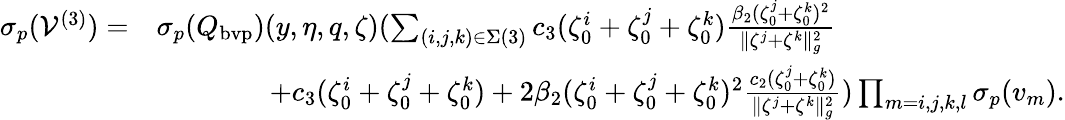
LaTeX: \begin{array}{rl}{{\sigma_{p}}(\mathcal{V}^{(3)})=}&{{\sigma_{p}}(Q_{\mathrm{bvp}})(y,\eta,q,\zeta)(\sum_{(i,j,k)\in\Sigma(3)}c_{3}(\zeta_{0}^{i}+\zeta_{0}^{j}+\zeta_{0}^{k})\frac{\beta_{2}(\zeta_{0}^{j}+\zeta_{0}^{k})^{2}}{\| {\zeta^{j}}+{\zeta^{k}}\| _{g}^{2}}}\\ &{\quad\quad\quad\quad+c_{3}(\zeta_{0}^{i}+\zeta_{0}^{j}+\zeta_{0}^{k})+2\beta_{2}(\zeta_{0}^{i}+\zeta_{0}^{j}+\zeta_{0}^{k})^{2}\frac{c_{2}(\zeta_{0}^{j}+\zeta_{0}^{k})}{\| {\zeta^{j}}+{\zeta^{k}}\| _{g}^{2}})\prod_{m=i,j,k,l}{\sigma_{p}}(v_{m}).}\end{array}